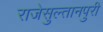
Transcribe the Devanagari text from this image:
राजेसुल्तानपुरी